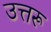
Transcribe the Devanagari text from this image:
उत्तरू